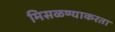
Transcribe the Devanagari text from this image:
मिसळण्याकरता